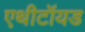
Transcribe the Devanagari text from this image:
एथीटॉयड